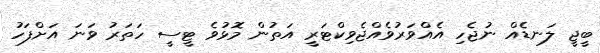
ބީޖީ ލަނޑެއް ނުޖެހި އެއްވަރުވެއްޖެވިކްޓަރީ އަތުން މޮޅުވެ ޓީސީ ހަތަރު ވަނަ އަށްފަހު